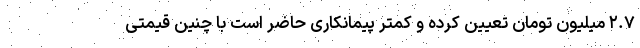
۲.۷ میلیون تومان تعیین کرده و کمتر پیمانکاری حاضر است با چنین قیمتی